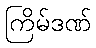
ကြိမ်ဒဏ်